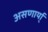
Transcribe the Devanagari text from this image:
असणार्या्